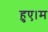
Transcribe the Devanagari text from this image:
हुए।म